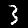
Digit: 3